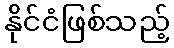
နိုင်ငံဖြစ်သည့်